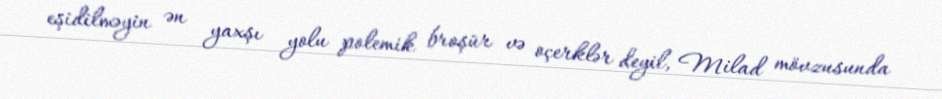
eşidilməyin ən yaxşı yolu polemik broşür və oçerklər deyil, Milad mövzusunda